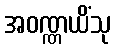
အဝဏ္ဏယိံသု